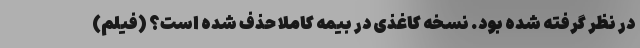
در نظر گرفته شده بود. نسخه کاغذی در بیمه کاملا حذف شده است؟ (فیلم)